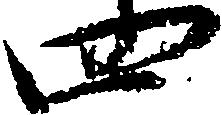
四